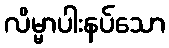
လိမ္မာပါးနပ်သော